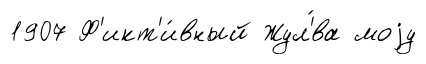
1907 Ф'икт'и́вный Жул'́ва моjу